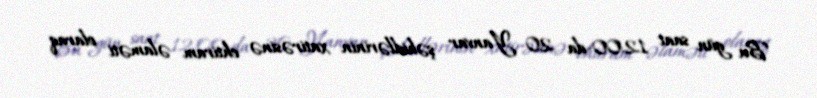
Bu gün saat 12:00-da 20 Yanvar şəhidlərinin xatirəsinə ehtiram əlaməti olaraq